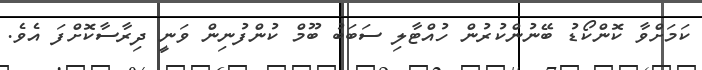
ކަމަށްވާ ކޮންކޯޑު ބޭނުންކުރުން ހުއްޓާލި ސަބަބު ބޫމް ކުންފުނިން ވަނީ ދިރާސާކޮށްފަ އެވެ.